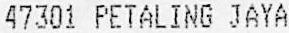
47301 PETALING JAYA